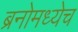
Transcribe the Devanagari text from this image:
ब्रनोमध्येच